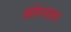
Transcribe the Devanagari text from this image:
कोपऱ्याला